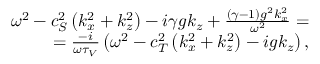
\begin{array} { r } { \omega ^ { 2 } - c _ { S } ^ { 2 } \left( k _ { x } ^ { 2 } + k _ { z } ^ { 2 } \right) - i \gamma g k _ { z } + \frac { ( \gamma - 1 ) g ^ { 2 } k _ { x } ^ { 2 } } { \omega ^ { 2 } } = } \\ { = \frac { - i } { \omega \tau _ { V } } \left( \omega ^ { 2 } - c _ { T } ^ { 2 } \left( k _ { x } ^ { 2 } + k _ { z } ^ { 2 } \right) - i g k _ { z } \right) , } \end{array}